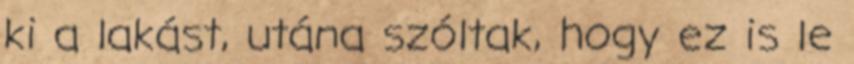
ki a lakást, utána szóltak, hogy ez is le